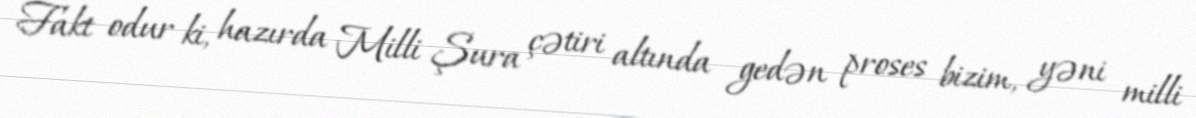
Fakt odur ki, hazırda Milli Şura çətiri altında gedən proses bizim, yəni milli